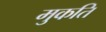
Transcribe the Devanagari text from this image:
मुकति